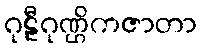
ဂုဠီဂုဏ္ဌိကဇာတာ